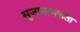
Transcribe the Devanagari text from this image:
सृजानत्मकता